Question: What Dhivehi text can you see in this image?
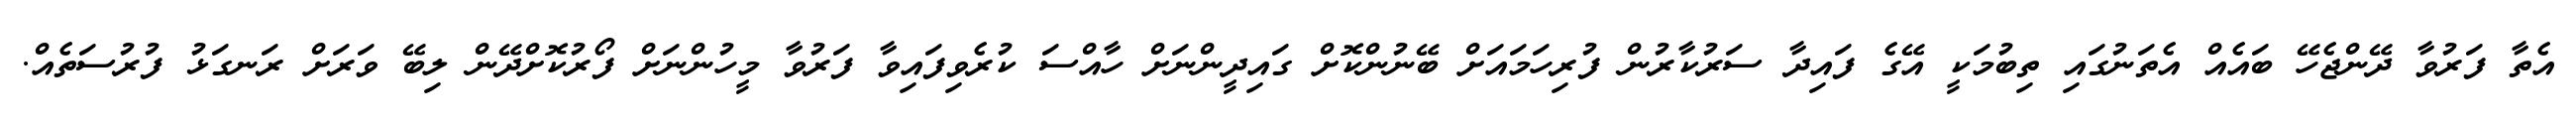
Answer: އެތާ ފަރުވާ ދޭންޖެހޭ ބައެއް އެތަނުގައި ތިބުމަކީ އޭގެ ފައިދާ ސަރުކާރުން ފުރިހަމައަށް ބޭނުންކޮށް ގައިދީންނަށް ހާއްސަ ކުރެވިފައިވާ ފަރުވާ މީހުންނަށް ފޯރުކޮށްދޭން ލިބޭ ވަރަށް ރަނގަޅު ފުރުސަތެއް.